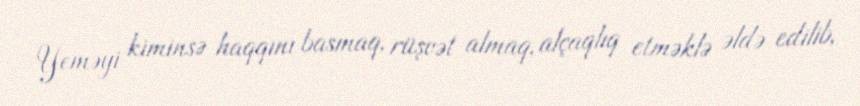
Yeməyi kiminsə haqqını basmaq, rüşvət almaq, alçaqlıq etməklə əldə edilib,